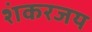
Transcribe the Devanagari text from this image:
शंकरजय